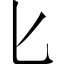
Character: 匕